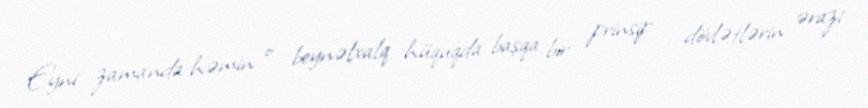
Eyni zamanda həmin o beynəlxalq hüquqda başqa bir prinsip – dövlətlərin ərazi